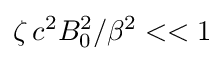
\zeta \, c ^ { 2 } B _ { 0 } ^ { 2 } / \beta ^ { 2 } < < 1